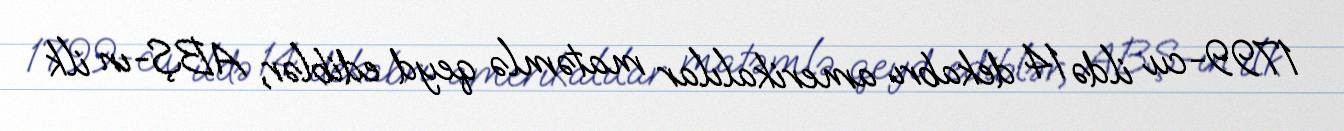
1799-cu ildə 14 dekabrı amerikalılar matəmlə qeyd ediblər, ABŞ-ın ilk